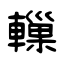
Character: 轈